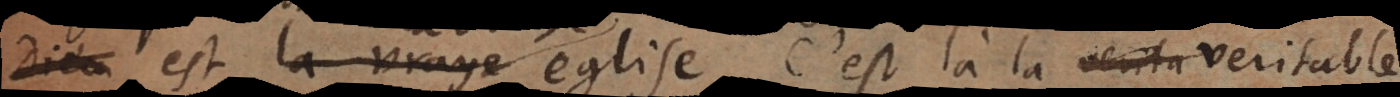
our est la vraye eglise. C’est là la verita vraye